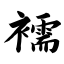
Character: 襦